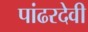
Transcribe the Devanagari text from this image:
पांढरदेवी